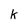
Character: k